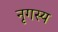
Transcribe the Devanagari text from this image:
नृगस्य